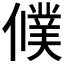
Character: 𬿵